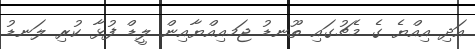
އަދި އިއްޔެ ގެ މެޗުގައި ތޫނޑު ޖަމއިއްޔާއިން ލީޑް ފުޅާ ކުރި ލަނޑު